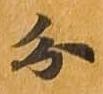
分